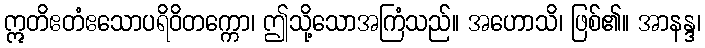
ဣတိဧတံဧသောပရိဝိတက္ကော၊ ဤသို့သောအကြံသည်။ အဟောသိ၊ ဖြစ်၏။ အာနန္ဒ၊